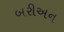
બરીઅન